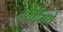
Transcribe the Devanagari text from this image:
स्पर्धेम्ध्ये